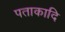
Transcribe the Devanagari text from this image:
पताकादि